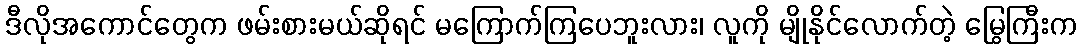
ဒီလိုအကောင်တွေက ဖမ်းစားမယ်ဆိုရင် မကြောက်ကြပေဘူးလား၊ လူကို မျိုနိုင်လောက်တဲ့ မြွေကြီးက